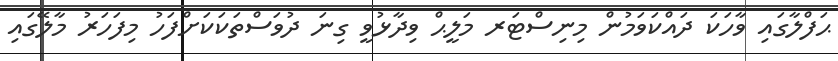
ޙަފްލާގައި ވާހަކަ ދައްކަވަމުން މިނިސްޓަރ މަލީޙް ވިދާޅުވީ ގިނަ ދުވަސްތަކަކަށްފަހު މިފަހަރު މާލޭގައި